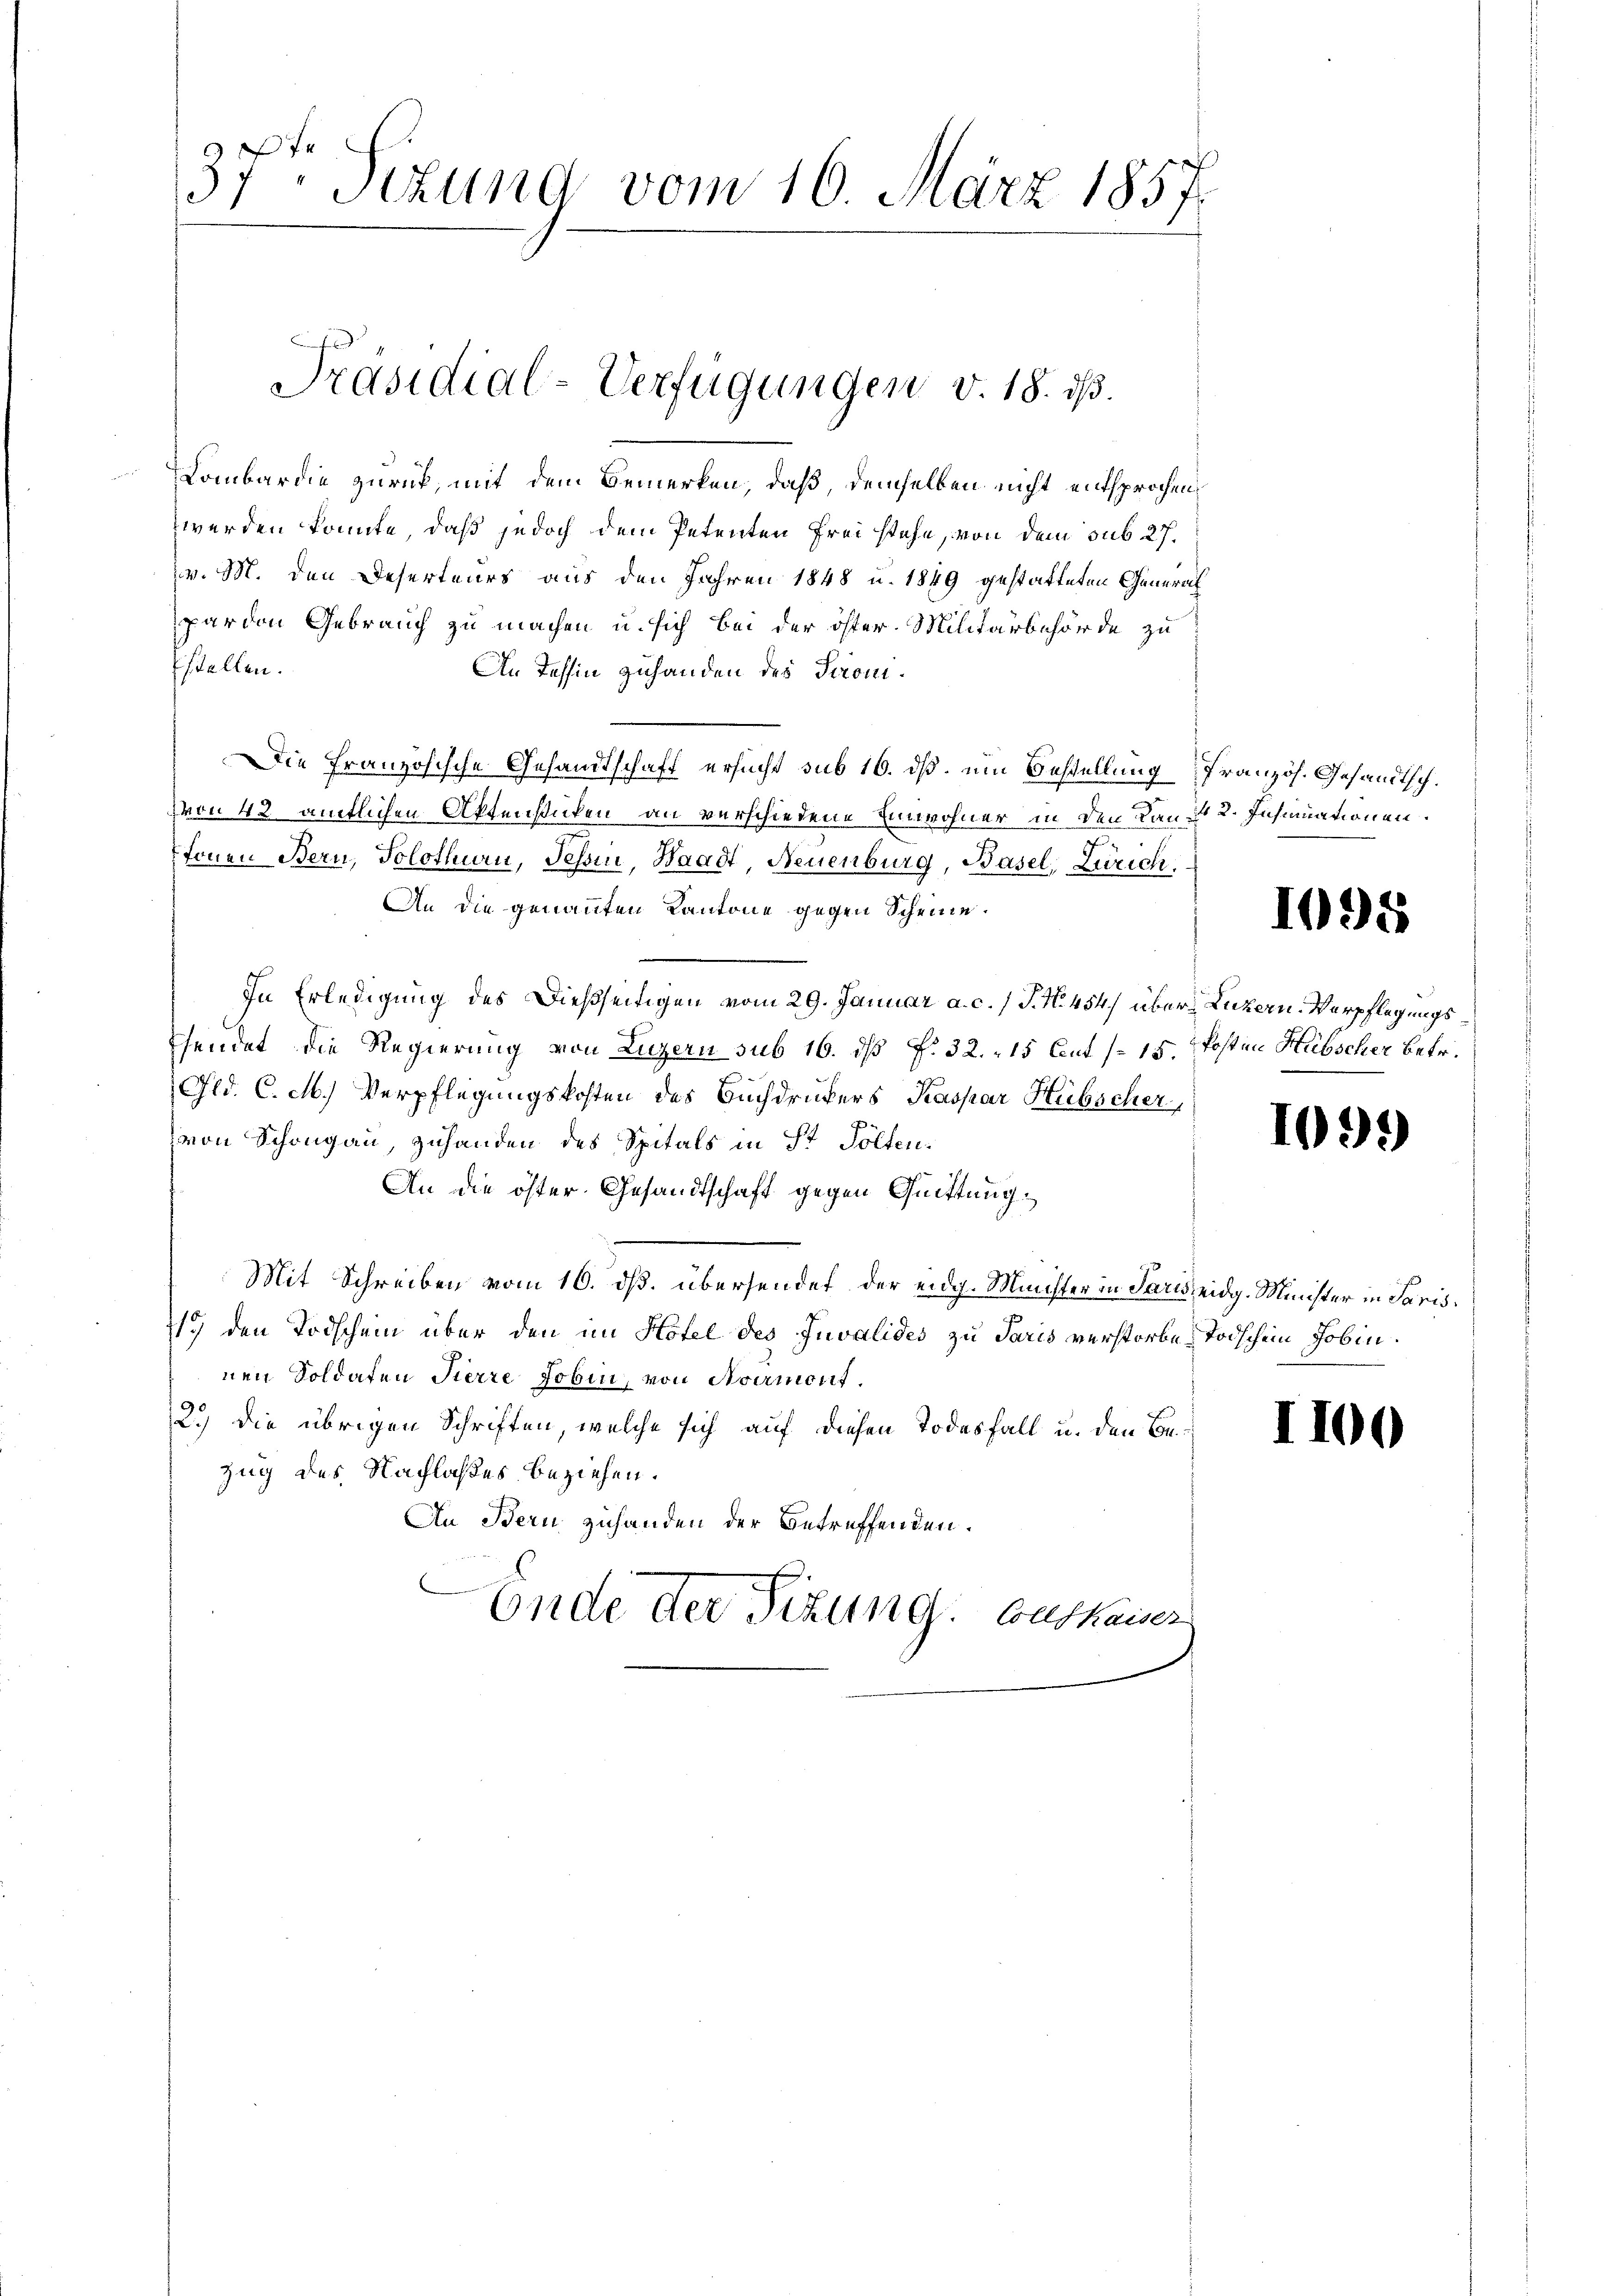
Lombardie zurück, mit dem Bemerken, daß, demselben nicht entsprochen,
werden konnte, daß jedoch dem Petenten Frei stehe, von dem sub 27.
v. M. den Deserteurs aus den Jahren 1848 u. 1849 gestatteten General
pardon Gebrauch zu machen u. sich bei der öster Militärbehörde zu
stellen.
An Tessin zuhanden des Seroni¬
Die Französische Gesandtschaft ersucht sub 16. dß. um Bestellung französ. Gesandtsch.
von 42 amtlichen Aktenstücken an verschiedene Einwohner in den Land 2. Insinuationen.
.
fonen Bern, Solothurn, Tessin, Waadt, Neuenburg, Basel, Zürich.
An die genannten Kantone gegen Scheine.
In Erledigung des Dießseitigen vom 29. Januar a. c. (T. N. 454. über Luzern Verpflegungs
sendet die Regierung von Luzern sub 16. ds P. 32. - 15 Cent (15. Posten Hubscher betr.
Gld. C. M.) Verpflegungskosten des Buchdruckers Kaspar Hübscher
von Schongau, zuhanden des Spitals in St. Solten¬
An die öster Gesandtschaft gegen Quittung.
Mit Schreiben vom 16. ds. übersendet der eidg. Minister in Paris eidg. Minister in Paris
119 den Todschein über den im Hotel des Juvalides zu Paris verstorbe Todschein Hobin.
nen Soldaten Tierre Jobin, von Avermont.
2.) Die übrigen Schriften, welche sich auf diesen Todesfall u. den Bezug des Nachlaßes beziehen.
An Bern zuhanden der Betreffenden.
Ende der Sitzung. Auskaiser

37. Sekung vom 16. März 1857.

Präsidial-Verfügungen v. 18. ds.

1695

1099

1100